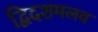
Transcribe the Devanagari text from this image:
द्विदशमलव